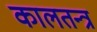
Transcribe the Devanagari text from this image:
कालतन्त्र